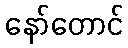
နော်တောင်